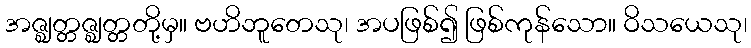
အဇ္ဈတ္တဇ္ဈတ္တတို့မှ။ ဗဟိဘူတေသု၊ အပဖြစ်၍ ဖြစ်ကုန်သော။ ဝိသယေသု၊